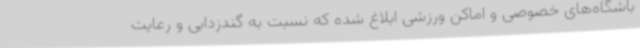
باشگاه‌های خصوصی و اماکن ورزشی ابلاغ شده که نسبت به گندزدایی و رعایت